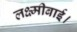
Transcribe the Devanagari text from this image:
लक्ष्मीबाई।